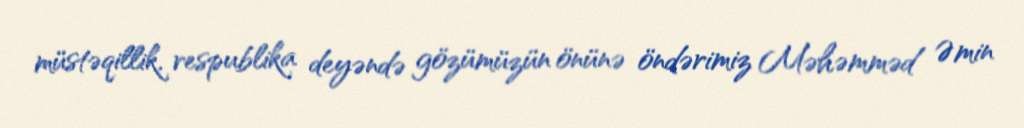
müstəqillik, respublika deyəndə gözümüzün önünə öndərimiz Məhəmməd Əmin